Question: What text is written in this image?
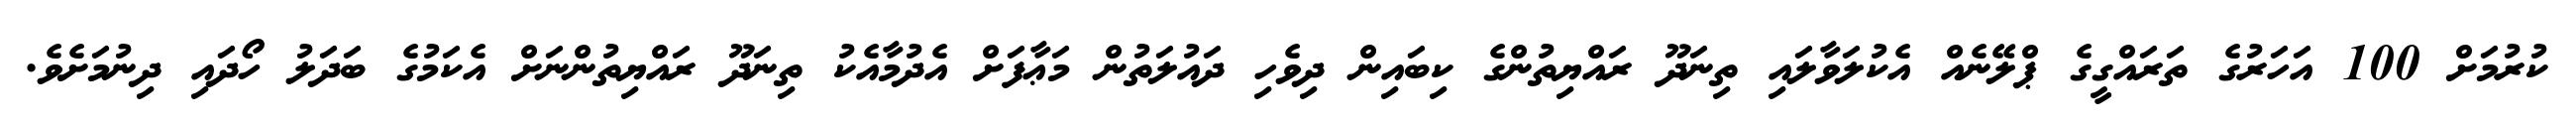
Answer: ކުރުމަށް 100 އަހަރުގެ ތަރައްގީގެ ޕްލޭނެއް އެކުލަވާލައި ތިނަދޫ ރައްޔިތުންގެ ކިބައިން ދިވެހި ދައުލަތުން މަޢާފަށް އެދުމާއެކު ތިނަދޫ ރައްޔިތުންނަށް އެކަމުގެ ބަދަލު ހޯދައި ދިނުމަށެވެ.